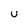
Character: U